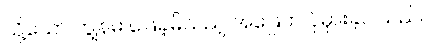
သို့သော် ကျွန်မ ဖြေခဲ့မိသည့် အဖြေက ပိုမှားခဲ့ပါသည်။